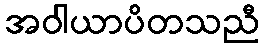
အဝါယာပိတသညီ